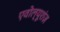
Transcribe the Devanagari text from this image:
एवोल्यूशंज़